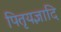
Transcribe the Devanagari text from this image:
पितृयज्ञादि